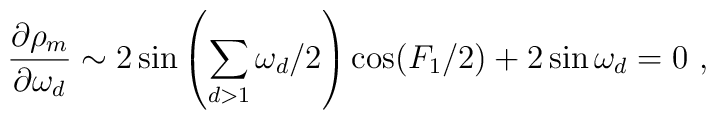
\frac{\partial\rho_m}{\partial \omega_d} \sim 2\sin\left(\sum_{d>1}\omega_d/2\right) \cos (F_1/2)+ 2 \sin \omega_d = 0\ ,